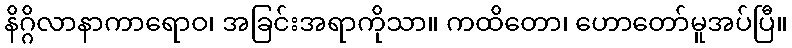
နိဂ္ဂိလာနာကာရောဝ၊ အခြင်းအရာကိုသာ။ ကထိတော၊ ဟောတော်မူအပ်ပြီ။